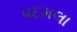
પદમલા